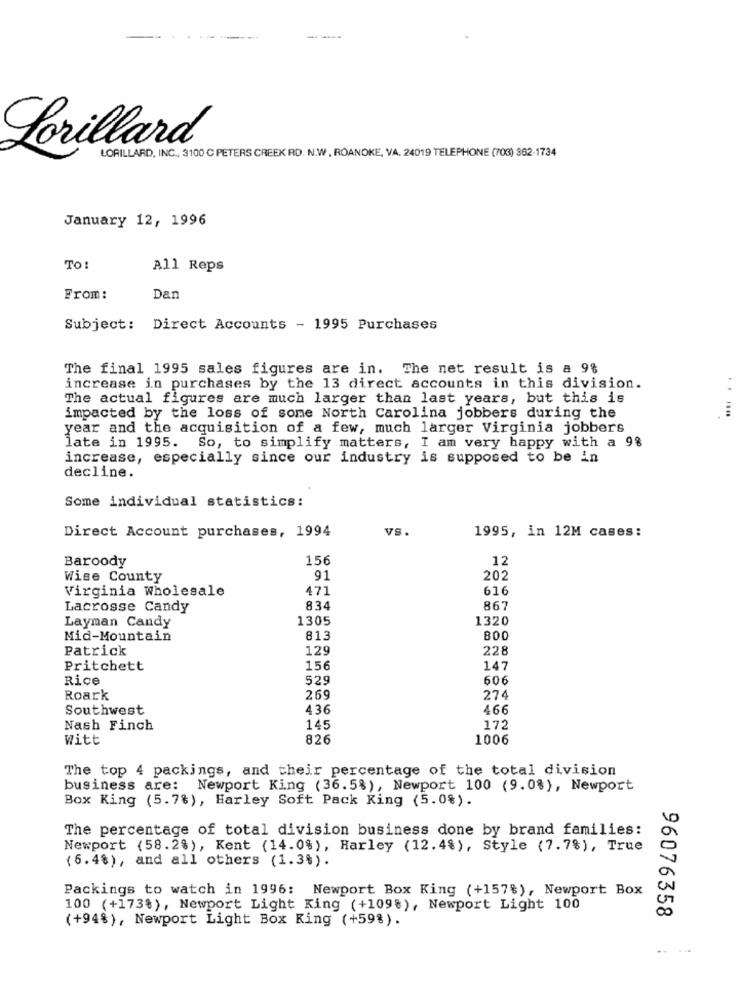
Lorillard
LORILLARD, INC ., 3100 C PETERS CREEK RD. N.W , ROANOKE, VA. 24019 TELEPHONE (703) 362-1734
January 12, 1996
TO:
All Reps
From:
Dan
Subject: Direct Accounts - 1995 Purchases
The final 1995 sales figures are in. The net result is a 9%
increase in purchases by the 13 direct accounts in this division.
..
The actual figures are much larger than last years, but this is
impacted by the loss of some North Carolina jobbers during the
year and the acquisition of a few, much larger Virginia jobbers
late in 1995. So, to simplify matters, I am very happy with a 9%
increase, especially since our industry is supposed to be in
decline.
Some individual statistics:
vS.
1995, in 12M cases:
Direct Account purchases, 1994
Baroody
156
12
Wise County
91
202
Virginia Wholesale
471
616
Lacrosse Candy
834
867
Layman Candy
1305
1320
Mid-Mountain
813
800
Patrick
129
228
Pritchett
156
147
Rice
529
606
Roark
269
274
Southwest
436
466
Nash Finch
145
172
Witt
826
1006
The top 4 packings, and their percentage of the total division
business are: Newport King (36.5%), Newport 100 (9.0%), Newport
Box King (5.7%), Harley Soft Pack King (5.0%).
The percentage of total division business done by brand families:
Newport (58.2%), Kent (14.0%), Harley (12.4%), Style (7.7%), True
(6.48), and all others (1.3%).
Packings to watch in 1996: Newport Box King (+157%), Newport Box
100 (+173%), Newport Light King (+1098), Newport Light 100
96076358
(+94%), Newport Light Box Ring (+59%).